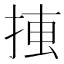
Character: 𢮛